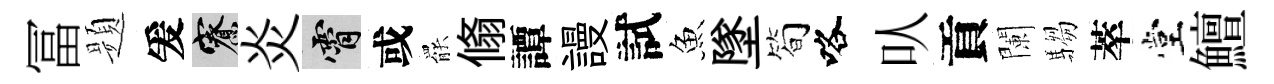
冨题爰寮炎霄或罷翛譚謾試魚墜简咯㕥貢闌騶萃堂鱣